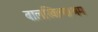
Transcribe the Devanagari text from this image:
बालखिल्याश्रम